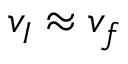
v _ { I } \approx v _ { f }